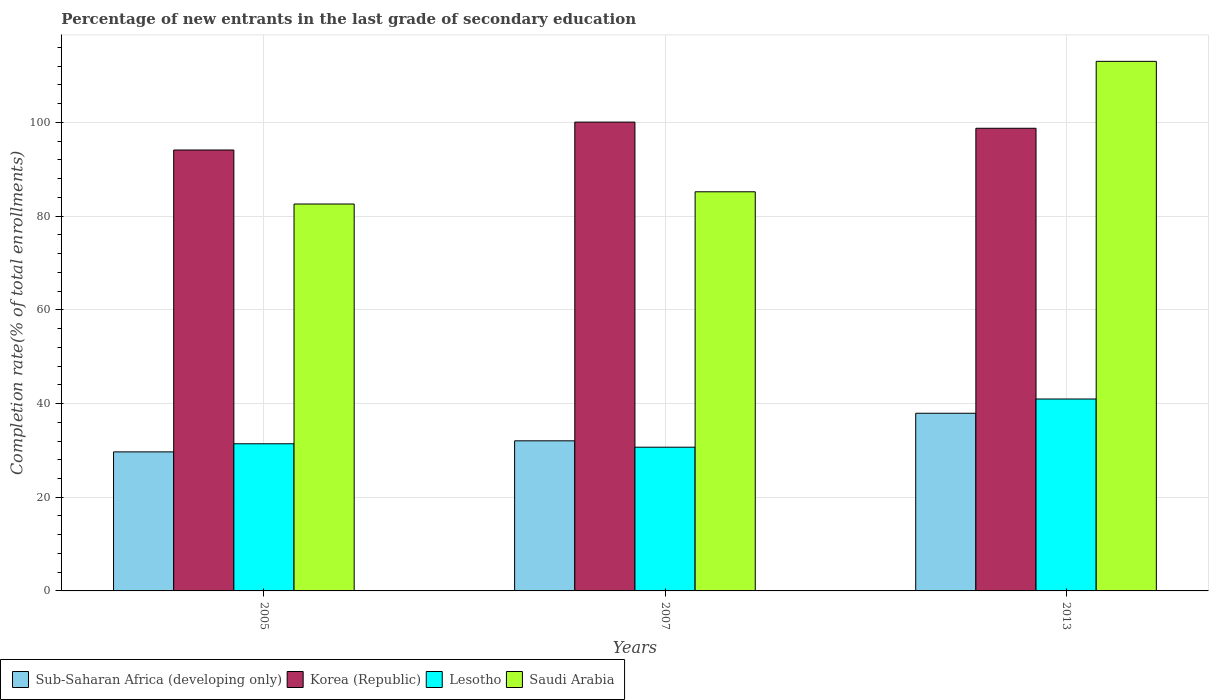
| Years | Sub-Saharan Africa (developing only) | Korea (Republic) | Lesotho | Saudi Arabia |
 | --- | --- | --- | --- | --- |
 | 2005 | 29.7 | 94.1 | 31.4 | 82.6 |
 | 2007 | 32 | 100 | 30.7 | 85.2 |
 | 2013 | 37.9 | 98.8 | 41 | 113 |